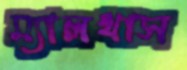
ম্যালথাস